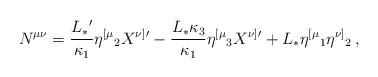
LaTeX: \begin{align*}N^{\mu\nu} = {L_*{}' \over \kappa_1 } \eta^{[\mu}{}_2 X^{\nu ]}{}' - {L_* \kappa_3 \over \kappa_1 } \eta^{[\mu}{}_3 X^{\nu ]}{}' +L_* \eta^{[\mu}{}_1 \eta^{\nu ]}{}_2 \,,\end{align*}